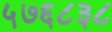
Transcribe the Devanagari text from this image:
५७६८३८